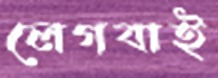
লেগবাই